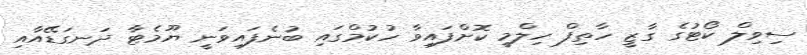
ސިވިލް ކޯޓުގެ ގާޒީ ހާތިފް ހިލްމީ ކޮށްފައިވާ ހުކުމްގައި ބުނެފައިވަނީ ޔޫމެޓާ ދަނގަޑޭއާއި